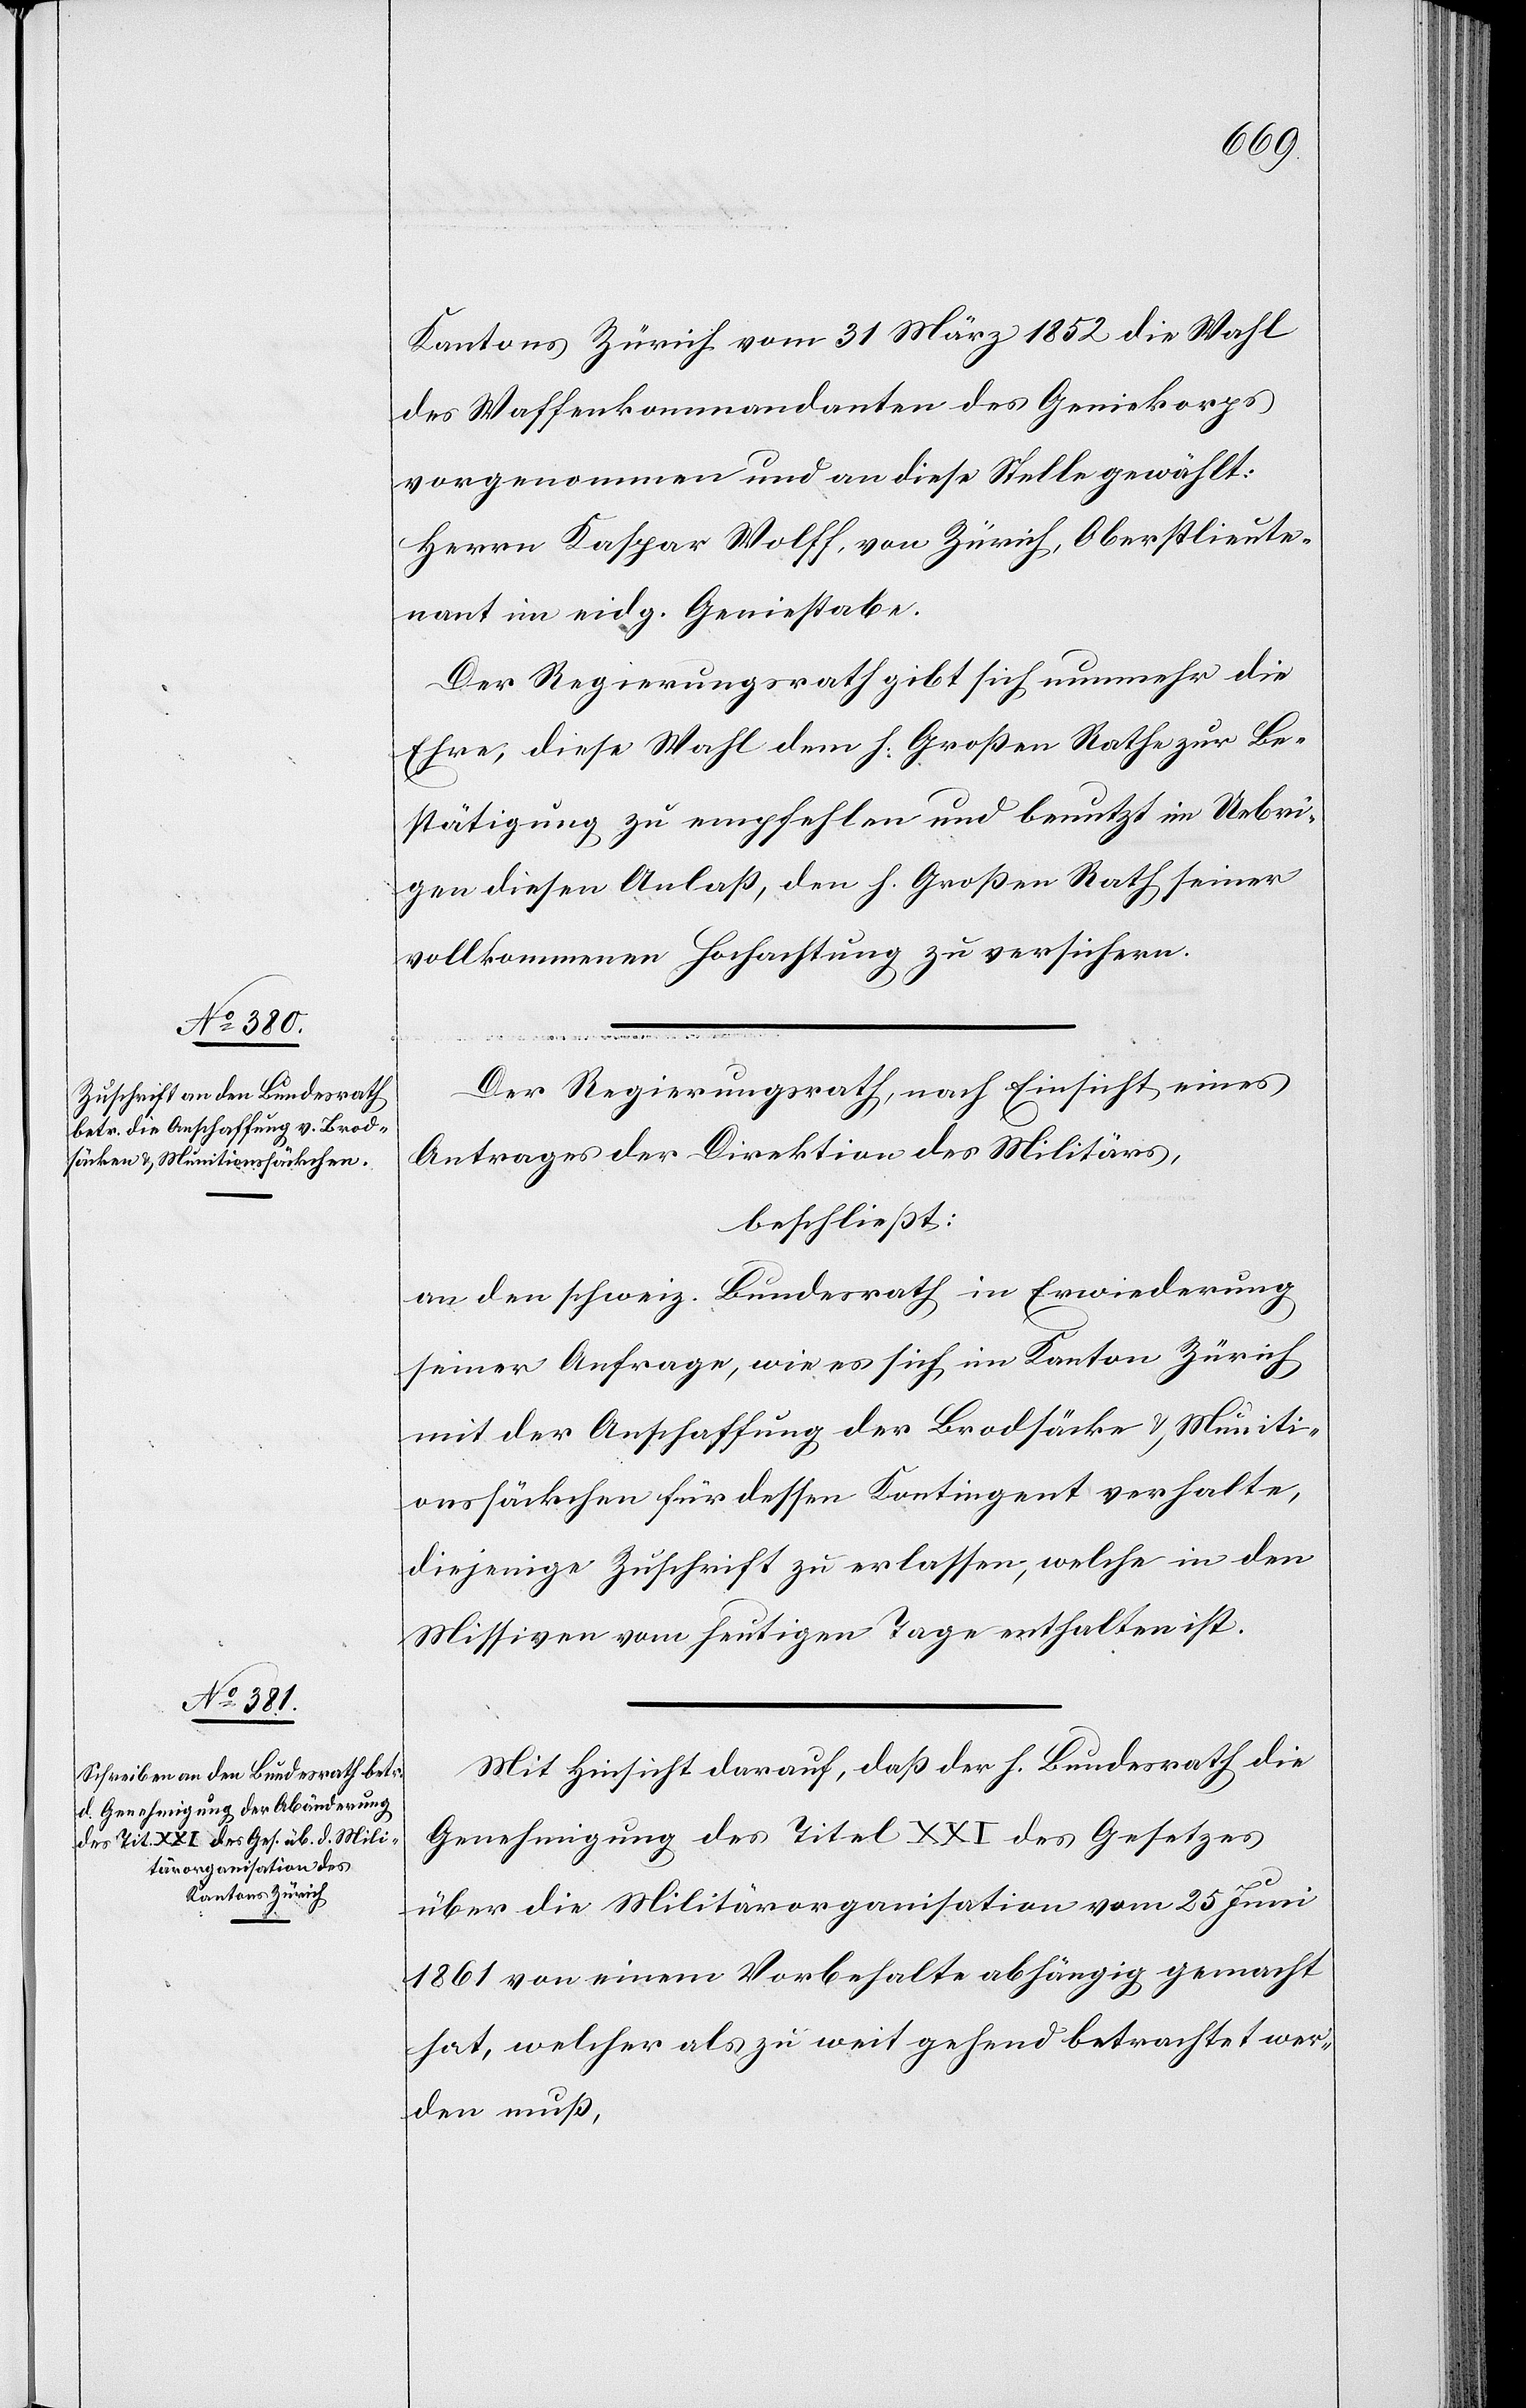
Kantons Zürich vom 31 März 1852 die Wahl
des Waffenkommandanten des Geniekorps
vorgenommen und an diese Stelle gewählt:
Herrn Kaspar Wolff, von Zürich, Oberstlieut¬
nant im eidg. Geniestabe.
Der Regierungsrath gibt sich nunmehr die
Ehre, diese Wahl dem H. Großen Rathe zur Be¬
stätigung zu empfehlen und benutzt im Uebri¬
gen diesen Anlaß, den H. Großen Rath seiner
vollkommenen Hochachtung zu versichern.
Der Regierungsrath, nach Einsicht eines
Antrages der Direktion des Militärs,
beschließt:
an den schweiz. Bundesrath in Erwiederung
seiner Anfrage, wie es sich im Kanton Zürich
mit der Anschaffung der Brodstücke u. Muniti¬
onssäckchen für dessen Kontingent verhalte,
diejenige Zuschrift zu erlassen, welche in den
Missiven vom heutigen Tage enthalten ist.
Mit Hinsicht darauf, daß der H. Bundesrath die
Genehmigung des Titel XXI. des Gesetzes
über die Militärorganisation vom 25 Juni
1861 von einem Vorbehalte abhängig gemacht
hat, welcher als zu weit gehend betrachtet wer¬
den muß,